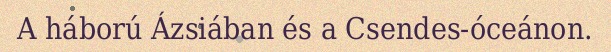
A háború Ázsiában és a Csendes-óceánon.